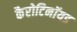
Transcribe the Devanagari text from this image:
कैरोटिनॉयड